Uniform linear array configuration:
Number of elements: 12
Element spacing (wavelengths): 1
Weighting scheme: hamming
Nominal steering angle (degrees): -15
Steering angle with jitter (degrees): -15.315
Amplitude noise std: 0.05
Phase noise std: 0.05

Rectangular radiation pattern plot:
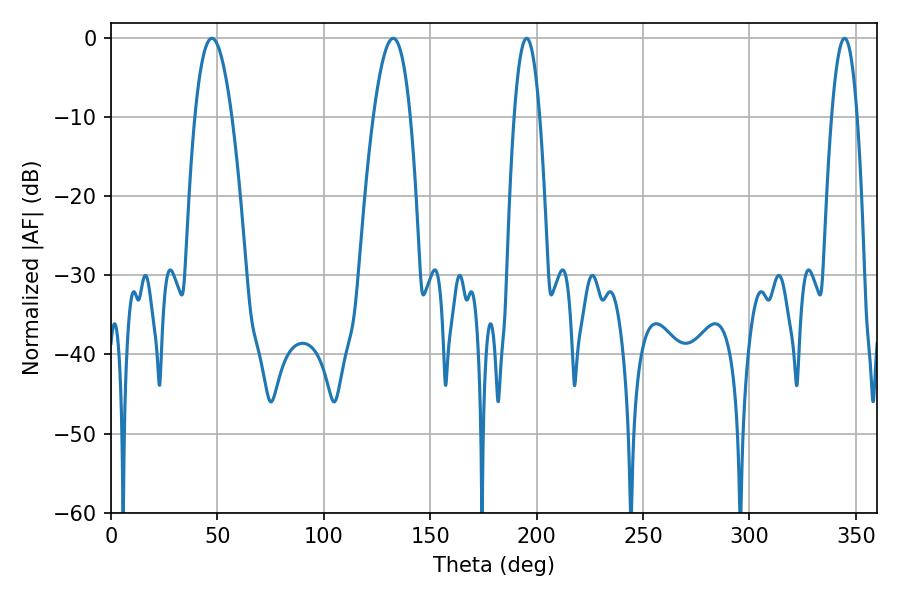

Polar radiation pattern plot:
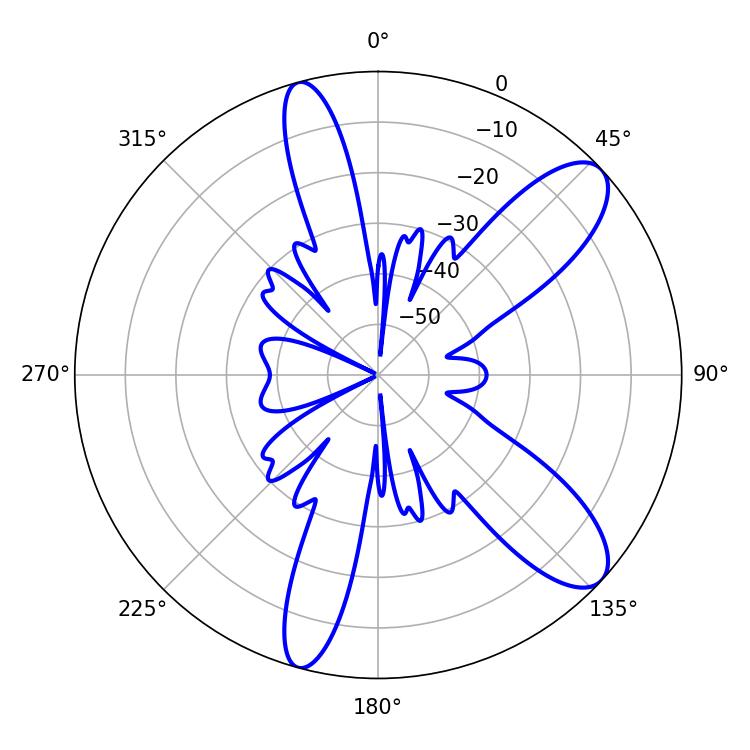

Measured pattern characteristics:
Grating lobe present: TRUE
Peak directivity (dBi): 10.027
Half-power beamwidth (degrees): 6.66
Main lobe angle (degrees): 195.3